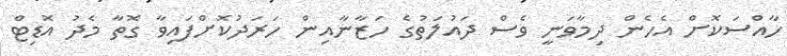
ހާއްސަކޮށް އެހެން ދިމާވަނީ ވެސް ދައުލަތުގެ ހަޒާނާއިން ހަރަދުކޮށްފައިވާ ގޮތާ މެދު އޮޑިޓް